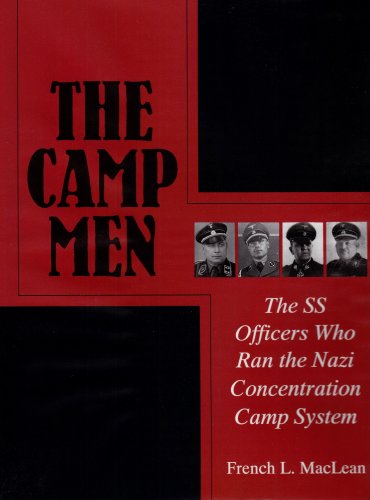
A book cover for The Camp Men: The SS Officers Who Ran the Nazi Concentration Camp System (Schiffer Military History); French L. MacLean; History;